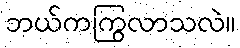
ဘယ်ကကြွလာသလဲ။